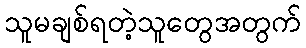
သူမချစ်ရတဲ့သူတွေအတွက်